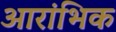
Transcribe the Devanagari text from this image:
आरांभिक